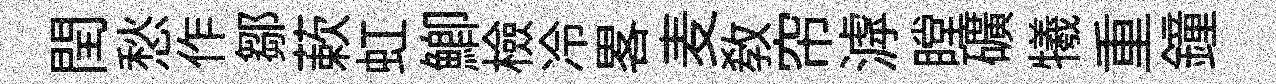
閏愁作鄒蔌虹鯽檢冷畧麦教帘滹瞠礦犧重鐘